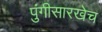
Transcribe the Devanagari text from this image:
पुंगीसारखेच